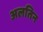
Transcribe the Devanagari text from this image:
अलतिन